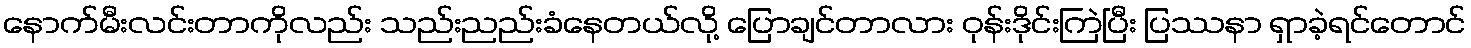
နောက်မီးလင်းတာကိုလည်း သည်းညည်းခံနေတယ်လို့ ပြောချင်တာလား ဝုန်းဒိုင်းကြဲပြီး ပြဿနာ ရှာခဲ့ရင်တောင်